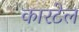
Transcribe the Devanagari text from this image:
कारटेल